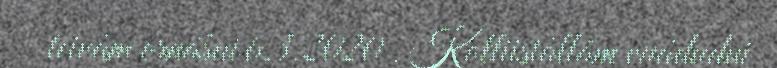
teivâm ornášui 6.3.2020 . Kolliistâllâm vuáđudui